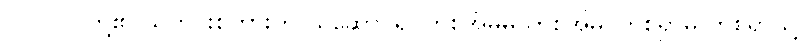
(၂၁) လူတို့၏ သတင်းစကားကို ယူဆောင်၍ တစ်အိမ်မှ တစ်အိမ်၊ တစ်ရွာမှ တစ်ရွာသို့